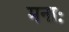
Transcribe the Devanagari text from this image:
मनाः